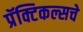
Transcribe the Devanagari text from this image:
प्रॅक्टिकल्सचे